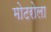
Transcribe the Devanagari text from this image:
मोटरोला